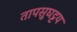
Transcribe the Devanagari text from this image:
तापसुघट्टय